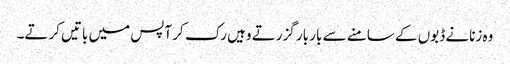
وہ زنانے ڈبوں کے سامنے سے بار بار گزرتے وہیں رک کر آپس میں باتیں کرتے۔